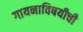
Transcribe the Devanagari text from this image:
गायनाविषयीची